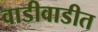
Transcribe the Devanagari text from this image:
वाडीवाडीत